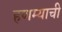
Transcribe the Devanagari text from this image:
हणम्याची